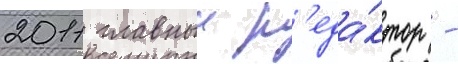
2011 главныи р'еда́ктор -